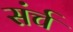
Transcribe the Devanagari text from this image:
संर्च